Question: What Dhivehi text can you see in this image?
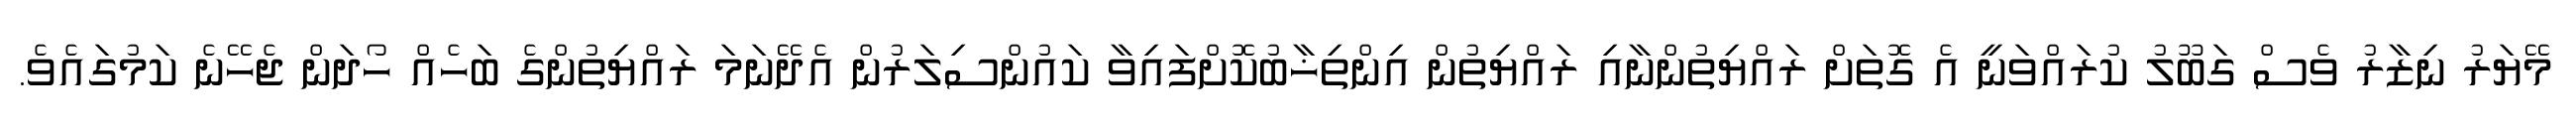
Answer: މޭޔަރު ނިޒާރު ވެސް ގަބޫލު ކުރައްވަނީ އެ ގޮތަށް ރައްޔިތުންނާއި ރައްޔިތުން އިންތިޚާބުކޮށްފައިވާ ކައުންސިލަރުން އެދޭނަމަ ރައްޔިތުންގެ ބަހެއް ހޯދަން ޖެހޭނެ ކަމުގައެވެ.